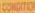
CONDITION